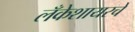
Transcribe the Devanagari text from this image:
लँकेशायरचे